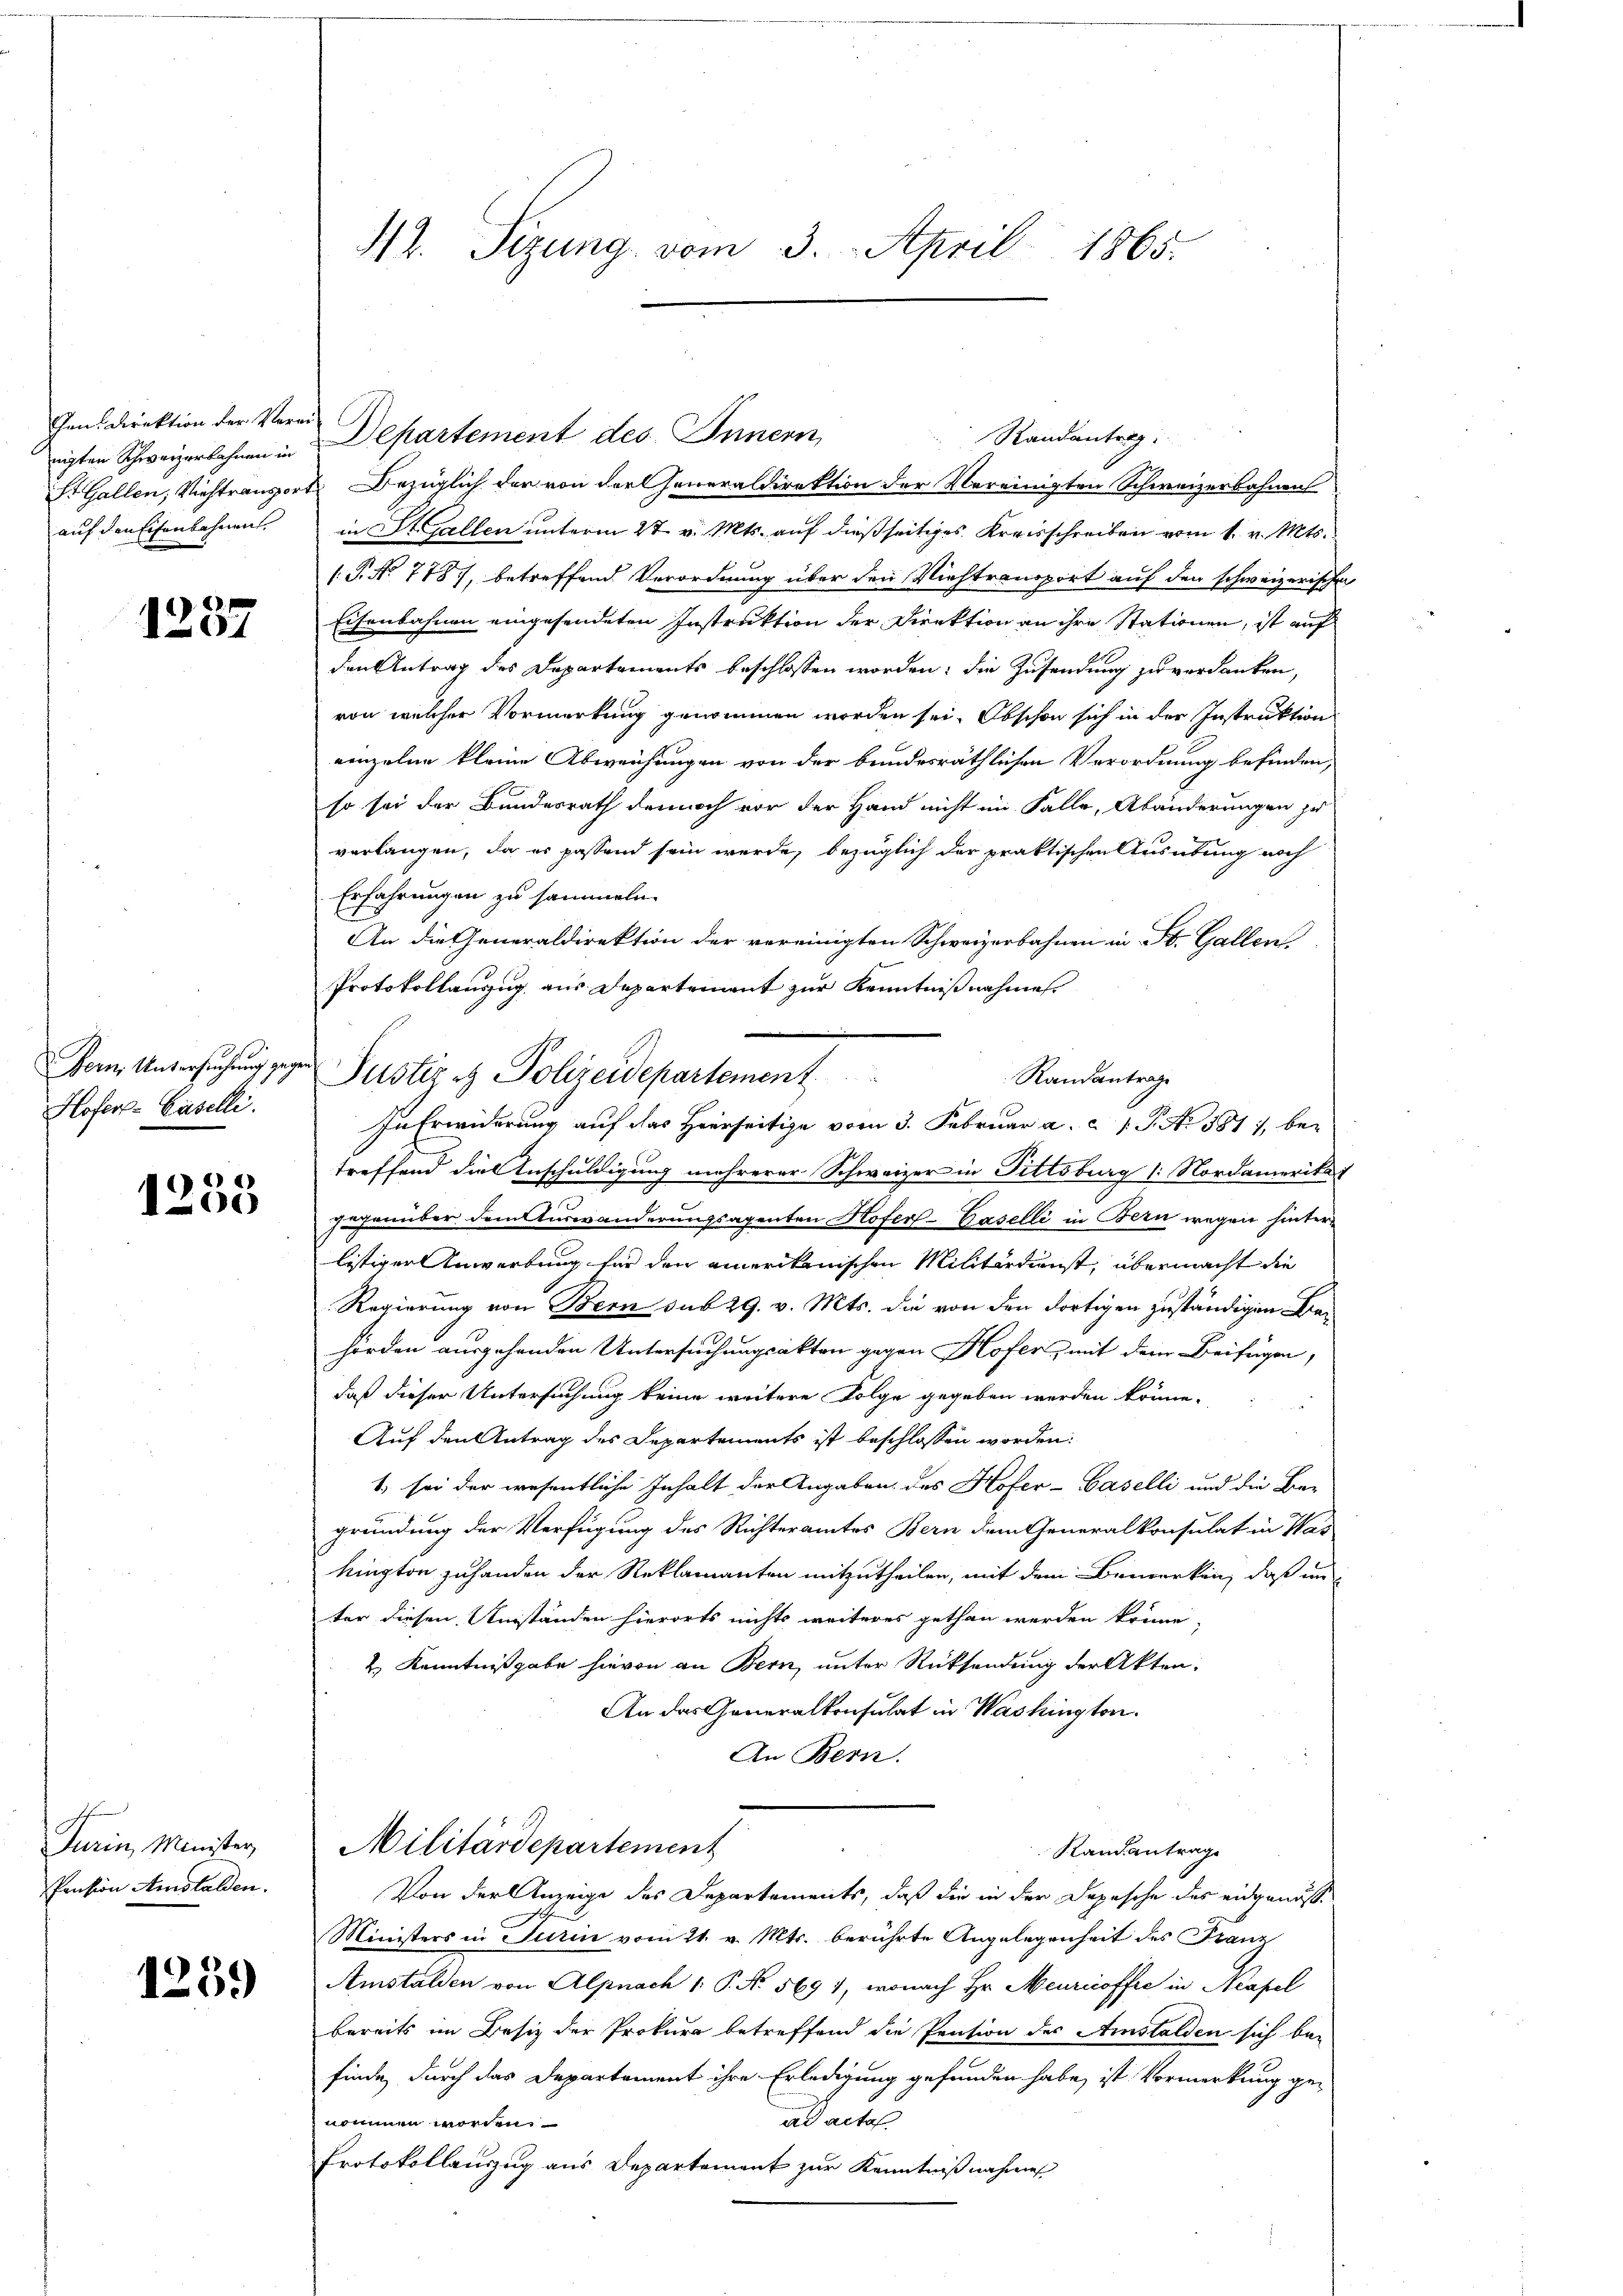
nigten Schweizerbahnen in
auf den Eisenbahnen.

1237

Bern Untersuchung gege
Hofer-Baselli.

6)
1205

Turin, Minister,
Pension Amstalden.

1259)

42. Sizung vom 3. April 1865.

Ien Direktion der Veran Departement des Innern,
Randantrag
St. Gallen, Viehtransport Bezüglich der von der Generaldirektion der Vereinigten Schweizerbahnen
in St. Gallen unterm 27. v. Mts. auf dießseitiges Kreisschreiben vom 1. v. Mts.
1.P. No 778, betreffend Verordnung über den Viehtransport auf den schweizerischen
Eisenbahnen eingesendeten Instruktion der Direktion an ihre Stationen, ist auf
den Antrag des Departements beschlossen worden; die Zusendung zu verdanken,
von welcher Vormerkung genommen worden sei. Obschon sich in der Instruktion
einzelne kleine Abweichungen von der bundesräthlichen Verordnung befinden,
so sei der Bundesrath dennoch vor der Hand nicht im Falle, Abänderungen zu
verlangen, da es passend sein werde, bezüglich der praktischen Ausübung noch
Erfahrungen zu sammeln.
An die Generaldirektion der vereinigten Schweizerbahnen in St. Gallen
Protokollauszug aus Departement zur Kenntnißnahmen.
In Erwiderung auf das Herrseitige vom 3. Februar a. c. 1 S. N. 581, bei
treffend die Anschuldigung mehrerer Schweizer in Fittsburg 1. Nordamerikas
Jahenüber dem Auswanderungsagenten Hofer-Caselli in Bern wegen hinterlistiger Anwerbung für den amerikanischen Militärdienst, übermacht die
Regierung von Bern sub 29. v. Mts. die von den dortigen zuständigen Behörden ausgehenden Untersuchungsakten gegen Hofer, mit dem Beifügen,
daß dieser Untersuchung keine weitere Folge gegeben werden könne.
Auf den Antrag des Departements ist beschlossen worden:
1. sei der wesentliche Inhalt der Angaben des Hofer-Baselli und die Be-
gründung der Verfügung des Richteramtes Bern dem Generalkonsulat in Was
kington zuhanden der Reklamanten mitzutheilen, mit dem Bemerken, daß unter diesen Umständen hierorts nichts weiteres gethan werden könne,
2. Kenntnißgabe hievon an Bern, unter Rücksendung der Akten.
An das Generalkonsulat in Washington.
An Bern.
Militärdepartement
Randantrag
Von der Anzeige des Departements, daß die in der Depesche des eidgenössi
Ministers in Turin vom 21. v. Mts. berührte Angelegenheit des Franz
Amstalden von Alpnach  P. N. 569 1, wonach Hr. Meuricoffee in Neapel
bereits im Besitz der Prokura betreffend die Pension des Amstalden sich be-
finde, durch das Departement ihre Erledigung gefunden habe, ist Vormerkung gead acta.
nommen worden.
Protokollauszug aus Departement zur Kenntnißnahme

Justiz & Polizeidepartement
Randantrage